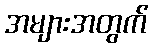
အများအတွက်